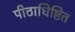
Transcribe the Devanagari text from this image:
पीठाधिष्ठित